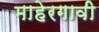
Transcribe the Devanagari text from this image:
माहेरगावी